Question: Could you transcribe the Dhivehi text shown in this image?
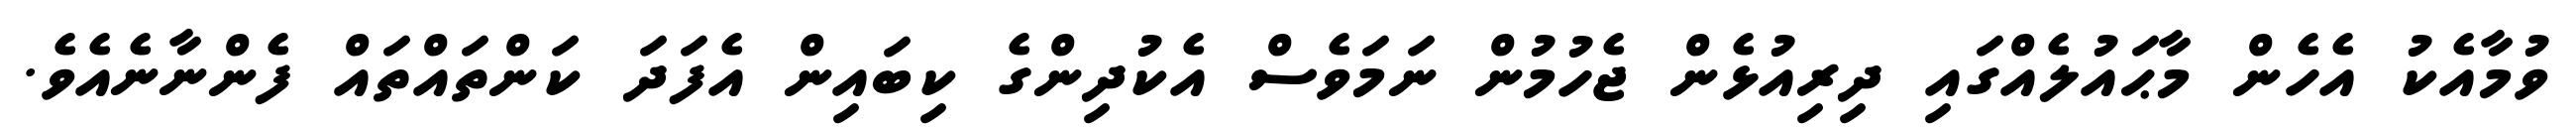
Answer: ވުމާއެކު އެހެން މާޙައުލެއްގައި ދިރިއުޅެން ޖެހުމުން ނަމަވެސް އެކުދިންގެ ކިބައިން އެފަދަ ކަންތައްތައް ފެންނާނެއެވެ.